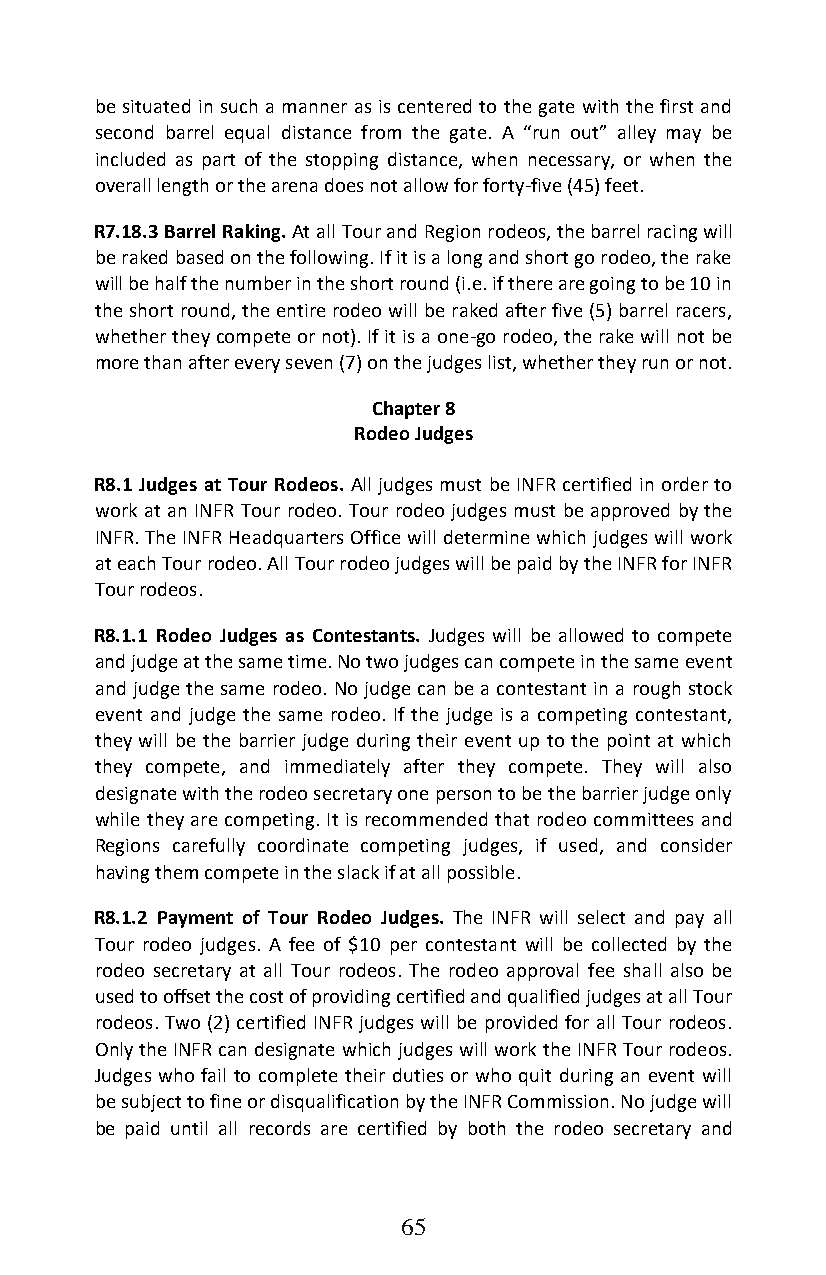
be situated in such a manner as is centered to the gate with the first and
 second barrel equal distance from the gate. A “run out” alley may be
 included as part of the stopping distance, when necessary, or when the
 overall length or the arena does not allow for forty-five (45) feet.
 R7.18.3 Barrel Raking. At all Tour and Region rodeos, the barrel racing will
 be raked based on the following. If it is a long and short go rodeo, the rake
 will be half the number in the short round (i.e. if there are going to be 10 in
 the short round, the entire rodeo will be raked after five (5) barrel racers,
 whether they compete or not). If it is a one-go rodeo, the rake will not be
 more than after every seven (7) on the judges list, whether they run or not.
 Chapter 8
 Rodeo Judges
 R8.1 Judges at Tour Rodeos. All judges must be INFR certified in order to
 work at an INFR Tour rodeo. Tour rodeo judges must be approved by the
 INFR. The INFR Headquarters Office will determine which judges will work
 at each Tour rodeo. All Tour rodeo judges will be paid by the INFR for INFR
 Tour rodeos.
 R8.1.1 Rodeo Judges as Contestants. Judges will be allowed to compete
 and judge at the same time. No two judges can compete in the same event
 and judge the same rodeo. No judge can be a contestant in a rough stock
 event and judge the same rodeo. If the judge is a competing contestant,
 they will be the barrier judge during their event up to the point at which
 they compete, and immediately after they compete. They will also
 designate with the rodeo secretary one person to be the barrier judge only
 while they are competing. It is recommended that rodeo committees and
 Regions carefully coordinate competing judges, if used, and consider
 having them compete in the slack if at all possible.
 R8.1.2 Payment of Tour Rodeo Judges. The INFR will select and pay all
 Tour rodeo judges. A fee of $10 per contestant will be collected by the
 rodeo secretary at all Tour rodeos. The rodeo approval fee shall also be
 used to offset the cost of providing certified and qualified judges at all Tour
 rodeos. Two (2) certified INFR judges will be provided for all Tour rodeos.
 Only the INFR can designate which judges will work the INFR Tour rodeos.
 Judges who fail to complete their duties or who quit during an event will
 be subject to fine or disqualification by the INFR Commission. No judge will
 be paid until all records are certified by both the rodeo secretary and
 65